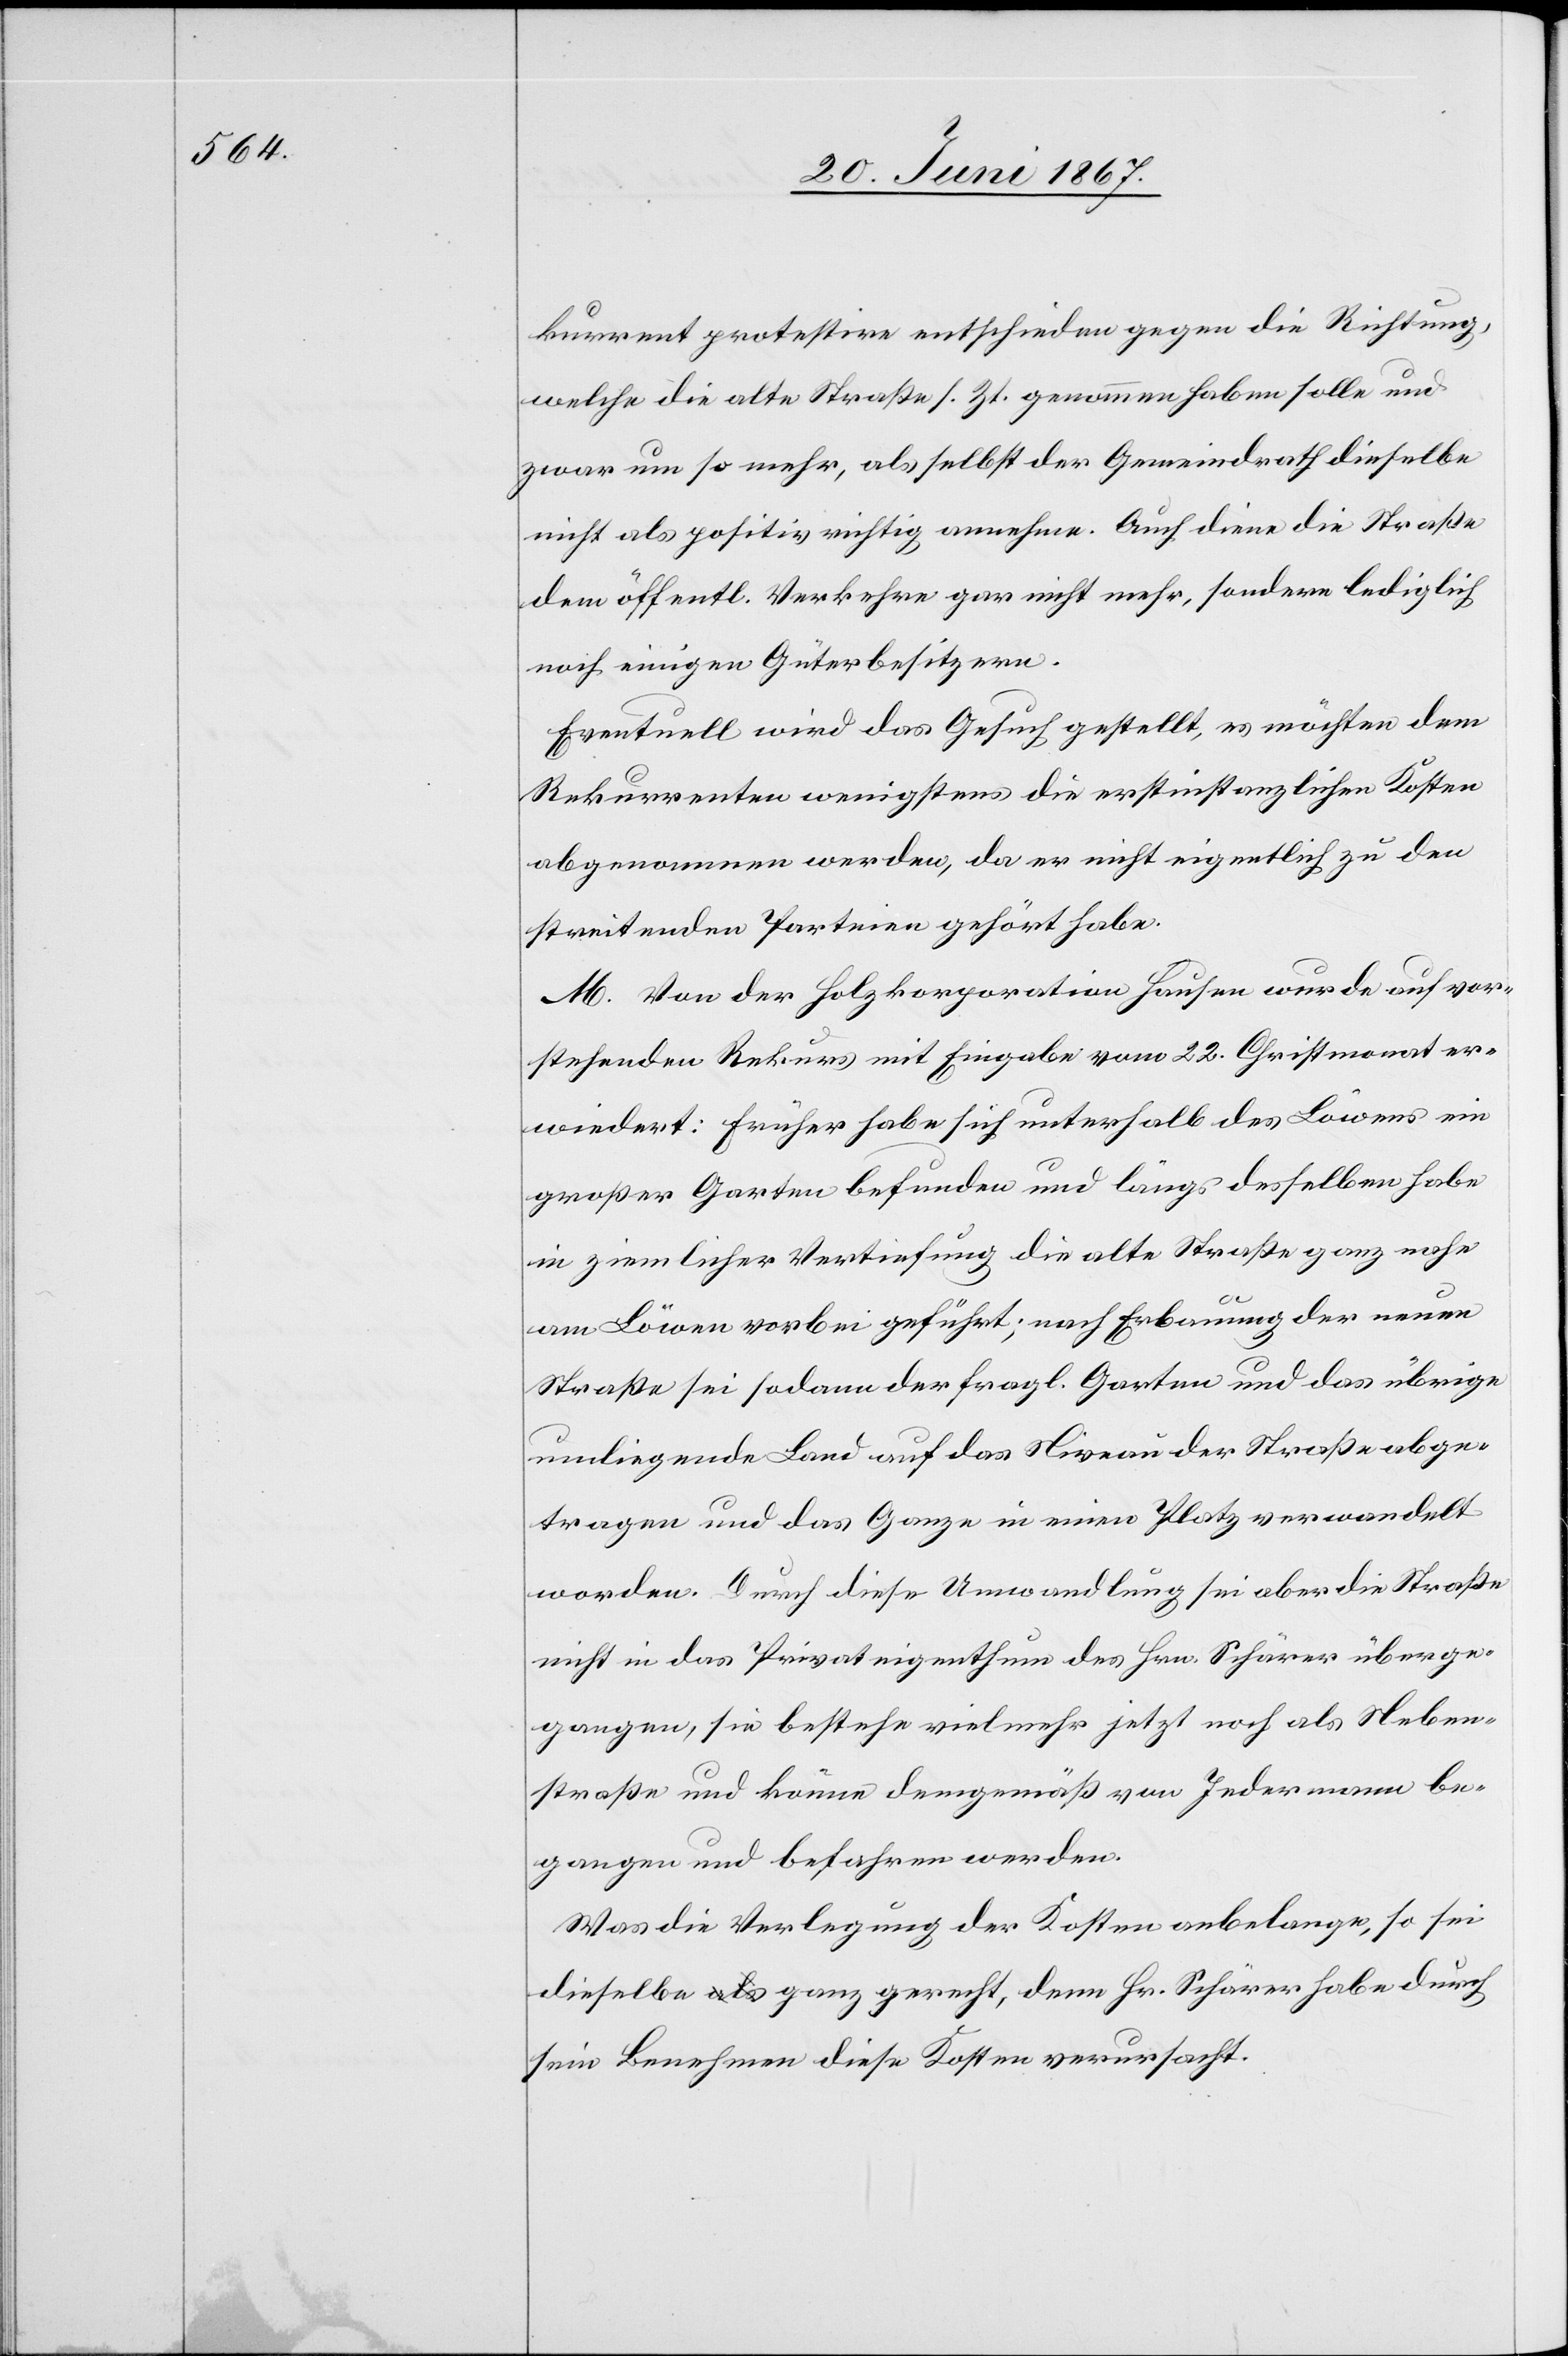
kurrent protestire entschieden gegen die Richtung,
welche die alte Straße s. Zt. genommen haben solle und
zwar um so mehr, als selbst der Gemeindrath dieselbe
nicht als positiv richtig annehme. Auch diene die Straße
dem öffentl. Verkehr gar nicht mehr, sondern lediglich
noch einigen Güterbesitzern.
Eventuell wird das Gesuch gestellt, es möchten dem
Rekurrenten wenigstens die erstinstanzlichen Kosten
abgenommen werden, da er nicht eigentlich zu den
streitenden Parteien gehört habe.
M. Von der Holzkorporation Hausen wurde auf vor¬
stehenden Rekurs mit Eingabe vom 22. Christmonat er¬
wiedert: Früher habe sich unterhalb des Löwens ein
großer Garten befunden und längs desselben habe
in ziemlicher Vertiefung die alte Straße ganz nahe
am Löwen vorbei geführt; nach Erbauung der neuen
Straße sei sodann der fragl. Garten und das übrige
umliegende Land auf das Niveau der Straße abge¬
tragen und das Ganze in einen Platz verwandelt
worden. Durch diese Umwandlung sei aber die Straße
nicht in das Privateigenthum des Hrn. Schärer überge¬
gangen, sie bestehe vielmehr jetzt noch als Neben¬
straße und könne demgemäß von Jedermann be¬
gangen und befahren werden.
Was die Verlegung der Kosten anbelange, so sei
dieselbe ganz gerecht, denn Hr. Schärer habe durch
sein Benehmen diese Kosten verursacht.